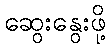
ဆွေးနွေးဖို့